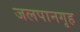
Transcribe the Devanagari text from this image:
जलपानगृह